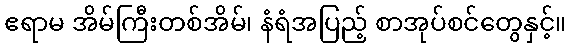
ဧရာမ အိမ်ကြီးတစ်အိမ်၊ နံရံအပြည့် စာအုပ်စင်တွေနှင့်။